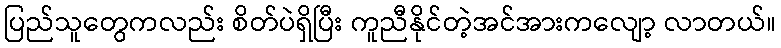
ပြည်သူတွေကလည်း စိတ်ပဲရှိပြီး ကူညီနိုင်တဲ့အင်အားကလျော့ လာတယ်။